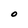
Character: O